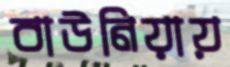
বাউনিয়ায়